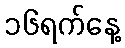
၁၆ရက်နေ့